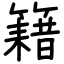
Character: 籍